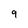
Character: 9